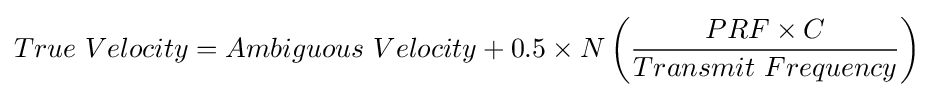
True\ Velocity=Ambiguous\ Velocity+0.5\times N\left({\frac {PRF\times C}{Transmit\ Frequency}}\right)